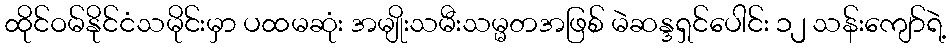
ထိုင်ဝမ်နိုင်ငံသမိုင်းမှာ ပထမဆုံး အမျိုးသမီးသမ္မတအဖြစ် မဲဆန္ဒရှင်ပေါင်း ၁၂ သန်းကျော်ရဲ့